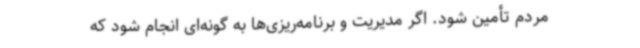
مردم تأمین شود. اگر مدیریت و برنامه‌ریزی‌ها به گونه‌ای انجام شود که